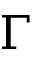
\Gamma